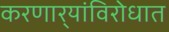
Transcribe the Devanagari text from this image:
करणार्‍यांविरोधात